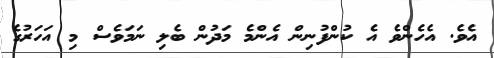
އެވެ. އެހެންވެ އެ ކުންފުނިން އެންމެ މަދުން ބެލި ނަމަވެސް މި އަހަރުގެ